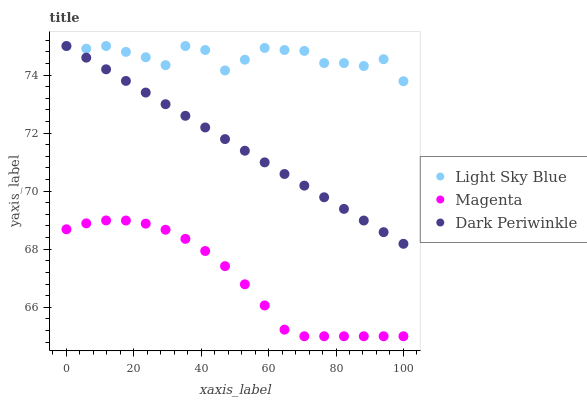
| xaxis_label | Light Sky Blue | Magenta | Dark Periwinkle |
 | --- | --- | --- | --- |
 | 0 | 75 | 68.7 | 75 |
 | 5.88 | 74.9 | 68.9 | 74.6 |
 | 11.8 | 75 | 69 | 74.2 |
 | 17.6 | 74.8 | 69 | 73.8 |
 | 23.5 | 74.6 | 68.9 | 73.4 |
 | 29.4 | 74.3 | 68.7 | 73 |
 | 35.3 | 75 | 68.4 | 72.6 |
 | 41.2 | 74.9 | 67.9 | 72.2 |
 | 47.1 | 74.2 | 67.4 | 71.8 |
 | 52.9 | 74.5 | 66.8 | 71.4 |
 | 58.8 | 74.9 | 66.1 | 71 |
 | 64.7 | 74.9 | 65.2 | 70.6 |
 | 70.6 | 74.8 | 65 | 70.2 |
 | 76.5 | 74.4 | 65 | 69.8 |
 | 82.4 | 74.4 | 65 | 69.4 |
 | 88.2 | 74.3 | 65 | 69 |
 | 94.1 | 74.5 | 65 | 68.6 |
 | 100 | 73.8 | 65 | 68.2 |